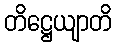
တိဋ္ဌေယျာတိ